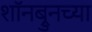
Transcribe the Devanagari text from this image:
शॉनब्रुनच्या